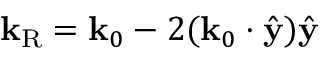
\mathbf { k } _ { \mathrm { R } } = \mathbf { k } _ { 0 } - 2 ( \mathbf { k } _ { 0 } \cdot \hat { \mathbf { y } } ) \hat { \mathbf { y } }